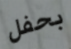
بحفل